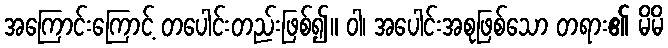
အကြောင်းကြောင့် တပေါင်းတည်းဖြစ်၍။ ဝါ၊ အပေါင်းအစုဖြစ်သော တရား၏ မိမိ